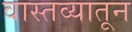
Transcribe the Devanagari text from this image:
वास्तव्यातून